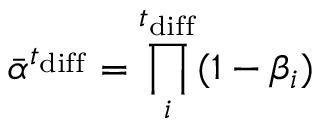
\Bar { \alpha } ^ { t _ { \mathrm { d i f f } } } = \prod _ { i } ^ { t _ { \mathrm { d i f f } } } ( 1 - \beta _ { i } )